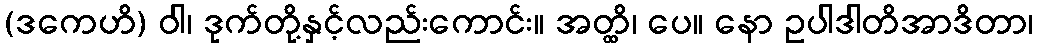
(ဒကေဟိ) ဝါ၊ ဒုက်တို့နှင့်လည်းကောင်း။ အတ္ထိ၊ ပေ။ နော ဥပါဒါတိအာဒိတာ၊